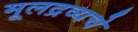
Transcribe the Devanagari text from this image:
मूलद्रव्यचे